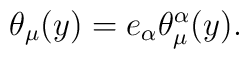
\theta_\mu(y) = e_\alpha \theta^\alpha_\mu(y).